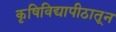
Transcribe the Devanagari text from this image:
कृषिविद्यापीठातून